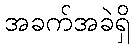
အခက်အခဲရှိ